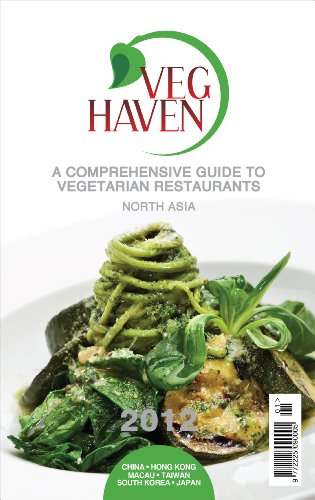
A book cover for Veg Haven: A Comprehensive Guide to Vegetarian Restaurants - North Asia, Hong Kong, China, Taiwan, Korea and Japan; Veena Panjwani; Travel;